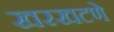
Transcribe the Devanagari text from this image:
खरखटणे